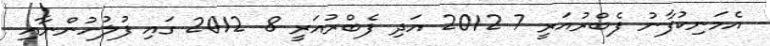
އެމަނިކުފާނު ފެބްރުއަރީ 7 2012 އަދި ފެބްރުއަރީ 8 2012 ގައި ފުލުހުންނާއި